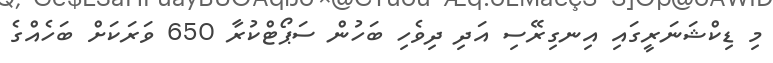
މި ޑިކްޝަނަރީގައި އިނގިރޭސި އަދި ދިވެހި ބަހުން ސަޕޯޓްކުރާ 650 ވަރަކަށް ބަހެއްގެ